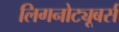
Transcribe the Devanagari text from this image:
लिगनोट्यूबर्स